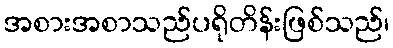
အစားအစာသည်ပရိုတိန်းဖြစ်သည်၊